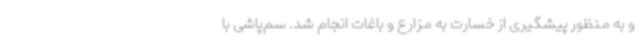
و به منظور پیشگیری از خسارت به مزارع و باغات انجام شد. سم‌پاشی با